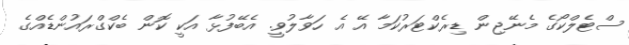
ސްޓެލްކޯގެ މެނޭޖިން ޑިރެކްޓަރުކަމާ އޭ އެ ހަވާލުވީ. އެބޭފުޅާ އަކީ ކޮން ބެކްގްރައުންޑެއްގެ